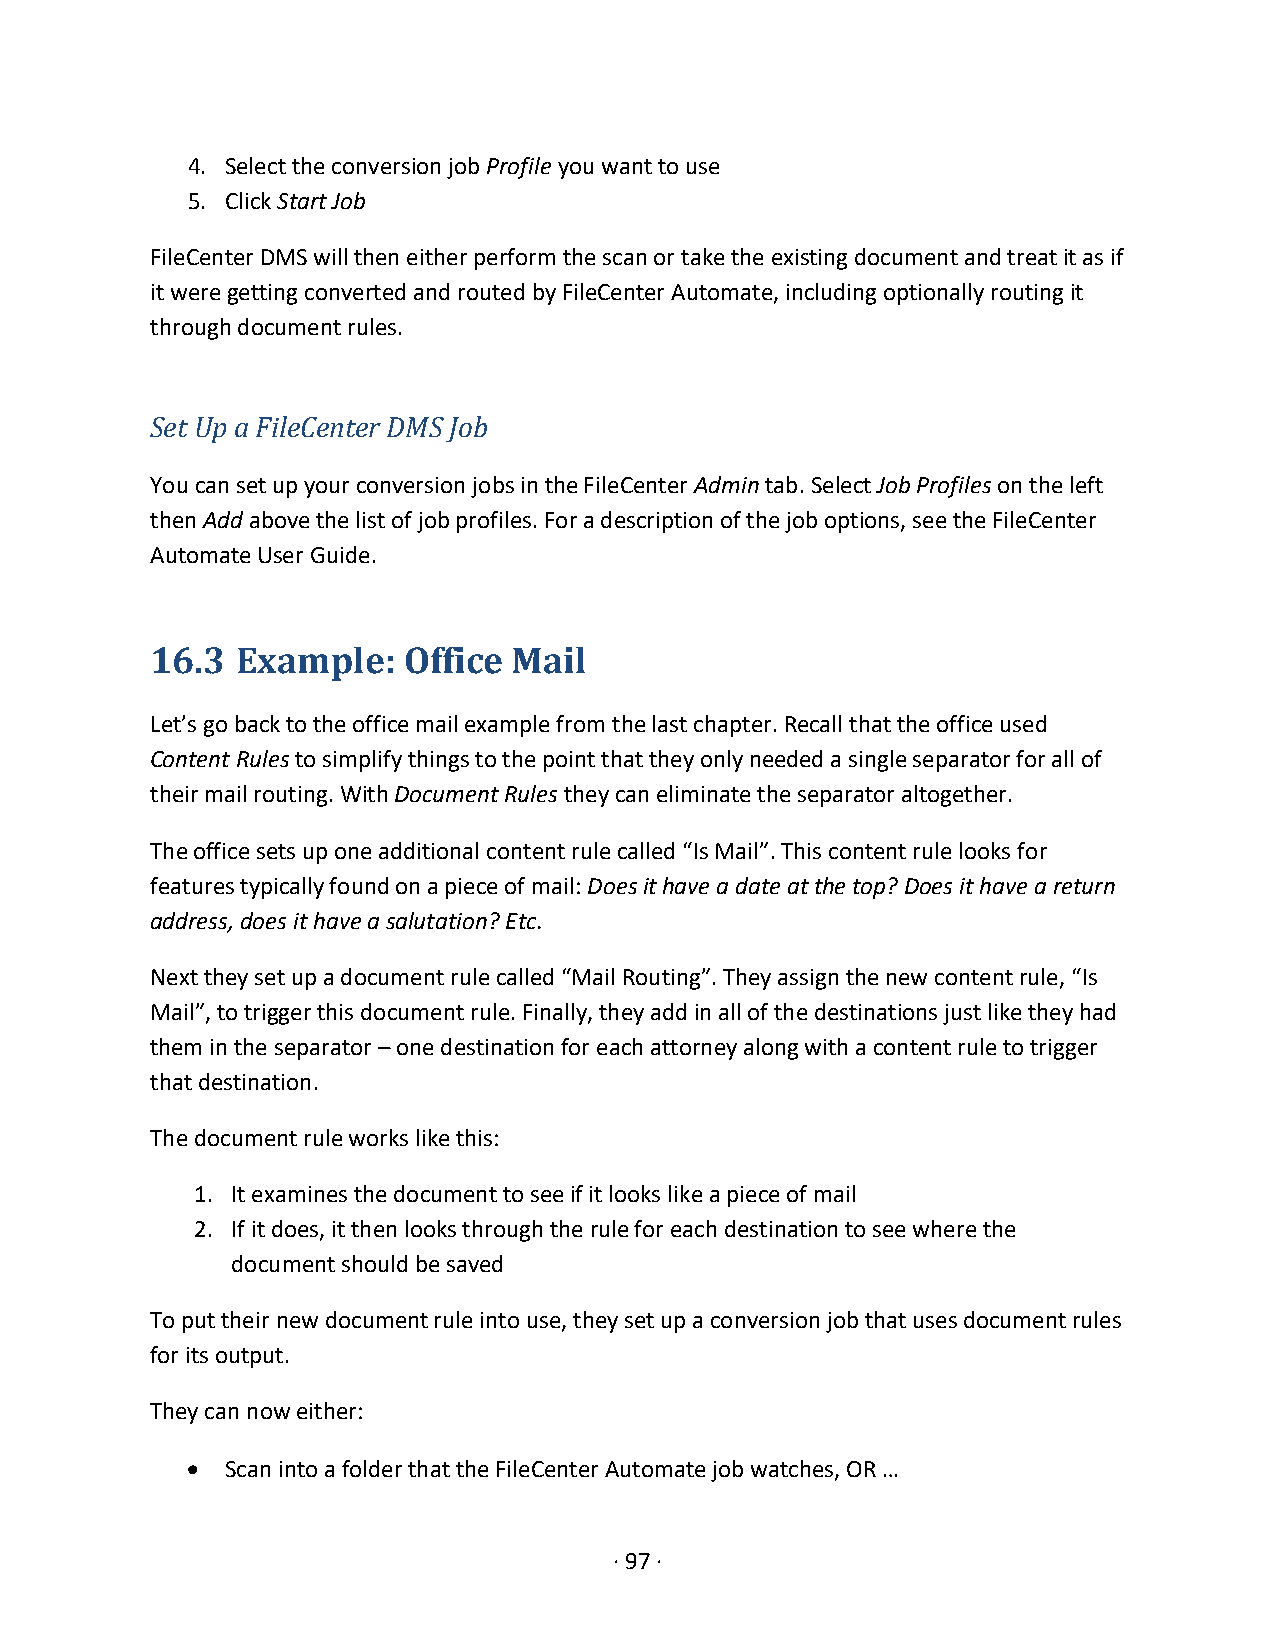
4. Select the conversion job Profile you want to use
 5. Click Start Job
 FileCenter DMS will then either perform the scan or take the existing document and treat it as if
 it were getting converted and routed by FileCenter Automate, including optionally routing it
 through document rules.
 Set Up a FileCenter DMS Job
 You can set up your conversion jobs in the FileCenter Admin tab. Select Job Profiles on the left
 then Add above the list of job profiles. For a description of the job options, see the FileCenter
 Automate User Guide.
 16.3  Example:   Office Mail
 Let’s go back to the office mail example from the last chapter. Recall that the office used
 Content Rules to simplify things to the point that they only needed a single separator for all of
 their mail routing. With Document Rules they can eliminate the separator altogether.
 The office sets up one additional content rule called “Is Mail”. This content rule looks for
 features typically found on a piece of mail: Does it have a date at the top? Does it have a return
 address, does it have a salutation? Etc.
 Next they set up a document rule called “Mail Routing”. They assign the new content rule, “Is
 Mail”, to trigger this document rule. Finally, they add in all of the destinations just like they had
 them in the separator – one destination for each attorney along with a content rule to trigger
 that destination.
 The document rule works like this:
 1. It examines the document to see if it looks like a piece of mail
 2. If it does, it then looks through the rule for each destination to see where the
 document should be saved
 To put their new document rule into use, they set up a conversion job that uses document rules
 for its output.
 They can now either:
 •  Scan into a folder that the FileCenter Automate job watches, OR …
 · 97 ·